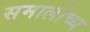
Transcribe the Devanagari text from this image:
समालोच्य